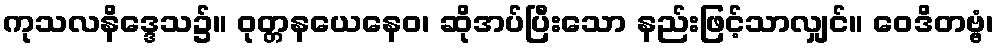
ကုသလနိဒ္ဒေသ၌။ ဝုတ္တနယေနေဝ၊ ဆိုအပ်ပြီးသော နည်းဖြင့်သာလျှင်။ ဝေဒိတဗ္ဗံ၊